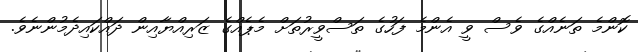
ކޮންމެ ތަނެއްގެ ވެސް ވީ އެންމެ ފަހުގެ ތަސްވީރުތަށް މެޕެއްގެ ޒަރިއްޔާއިން ދައްކައިދެމުންނެވެ.